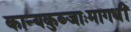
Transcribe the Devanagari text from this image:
कान्यकुब्जाःमागधीं